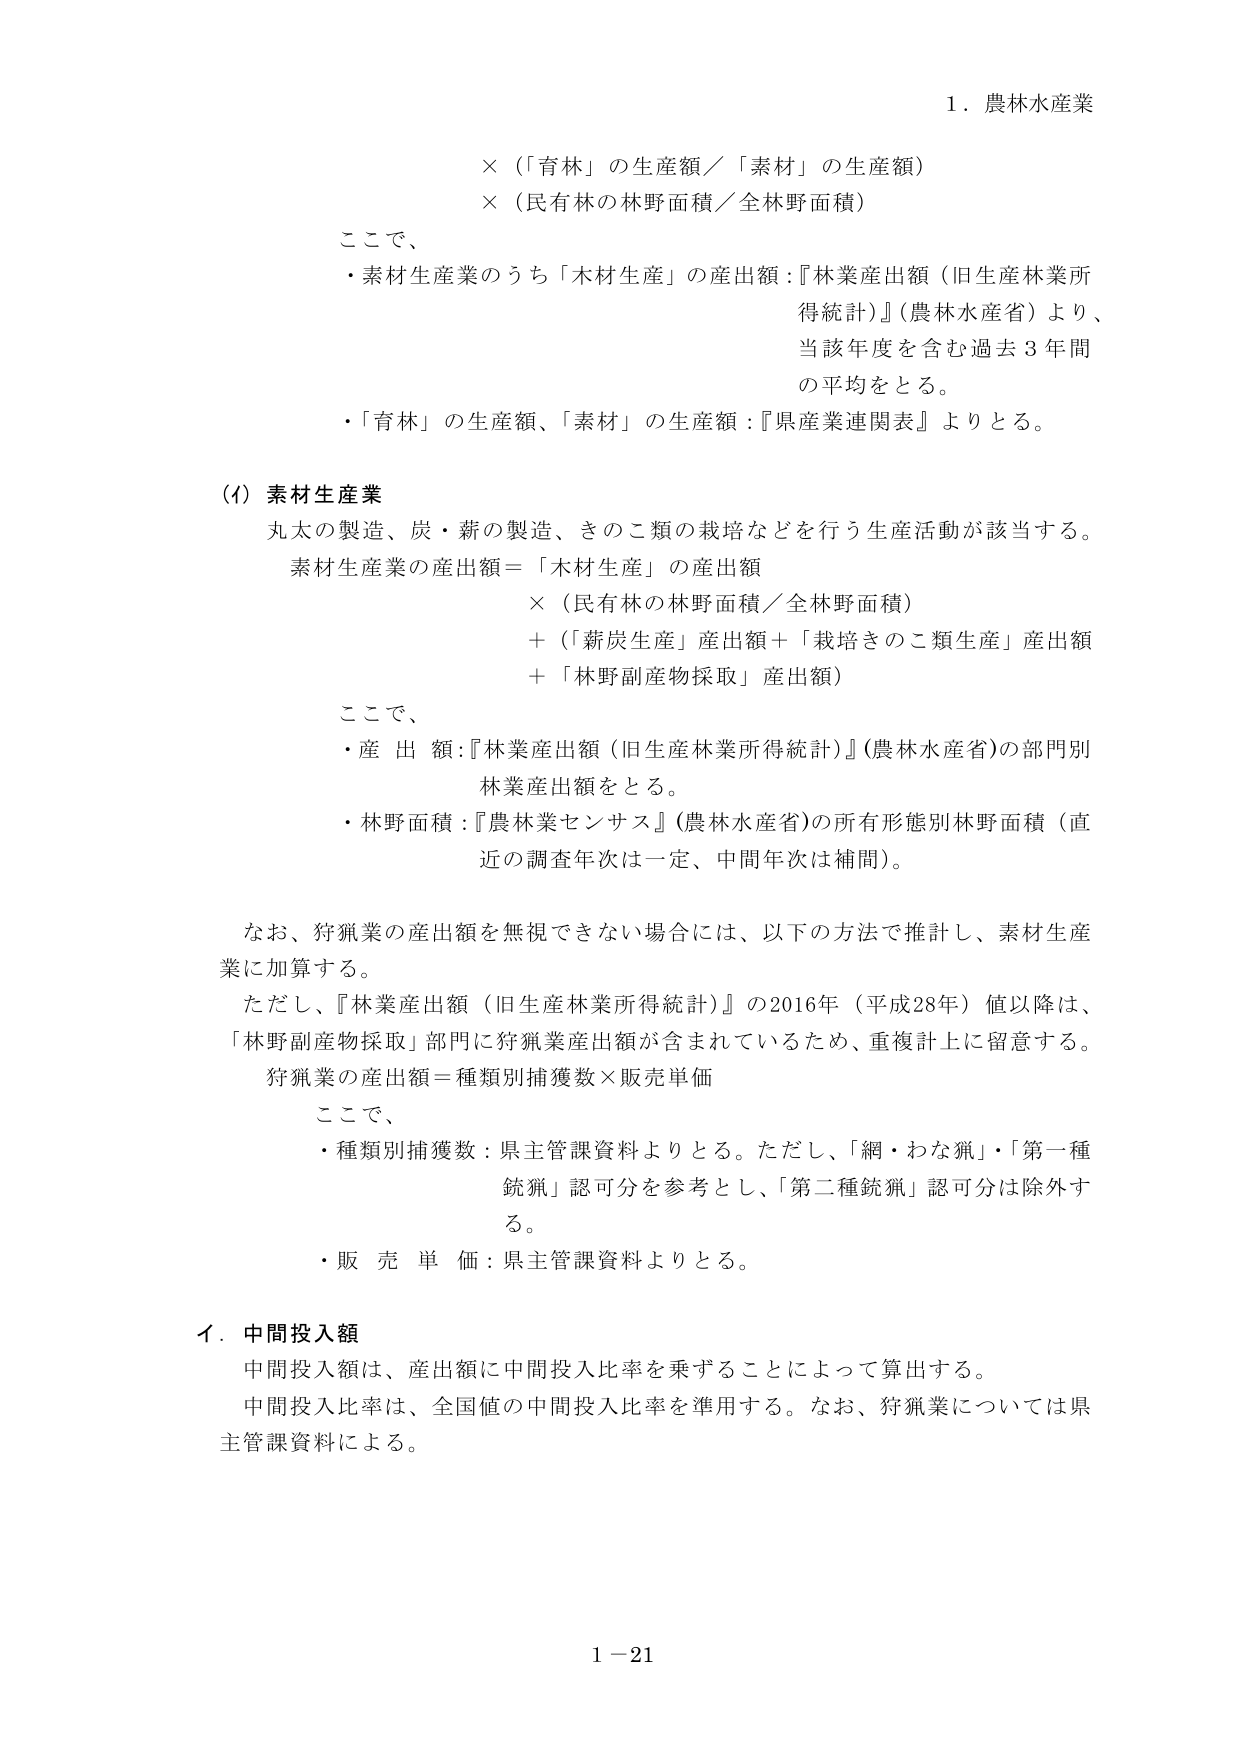
1．農林水産業

×（「育林」の生産額／「素材」の生産額）
×（民有林の林野面積／全林野面積）

ここで、
・素材生産業のうち「木材生産」の産出額：『林業産出額（旧生産林業所得統計）』（農林水産省）より、当該年度を含む過去3年間の平均をとる。
・「育林」の生産額、「素材」の生産額：『県産業連関表』よりとする。

(4) 素材生産業
丸太の製造、炭・薪の製造、きのこ類の栽培などを行う生産活動が該当する。
素材生産業の産出額＝「木材生産」の産出額
×（民有林の林野面積／全林野面積）
＋「薪炭生産」産出額＋「栽培きのこ類生産」産出額
＋「林野副産物採取」産出額）

ここで、
・産出額：『林業産出額（旧生産林業所得統計）』（農林水産省）の部門別林業産出額をとる。
・林野面積：『農林業センサス』（農林水産省）の所有形態別林野面積（直近の調査年次は一定、中間年次は補間）。

なお、狩猟業の産出額を無視できない場合には、以下の方法で推計し、素材生産業に加算する。
ただし、『林業産出額（旧生産林業所得統計）』の2016年（平成28年）値以降は、「林野副産物採取」部門に狩猟業産出額が含まれているため、重複計上に留意する。
狩猟業の産出額＝種類別捕獲数×販売単価

ここで、
・種類別捕獲数：県主管課資料よりとする。ただし、「網・わな猟」・「第一種銃猟」認可分を参考とし、「第二種銃猟」認可分は除外する。
・販売単価：県主管課資料よりとする。

イ．中間投入額
中間投入額は、産出額に中間投入比率を乗ずることによって算出する。
中間投入比率は、全国値の中間投入比率を準用する。なお、狩猟業については県主管課資料による。

1－21